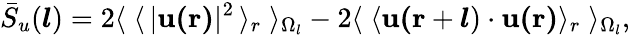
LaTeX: \bar{S}_{u}(\boldsymbol{l})=2\langle\; \langle\, \lvert\mathbf{u(r)}\rvert^{2}\, \rangle_{r}\; \rangle_{\Omega_{l}}-2\langle\; \langle\mathbf{u(r}+\boldsymbol{l})\cdot\mathbf{u(r)}\rangle_{r}\; \rangle_{\Omega_{l}},